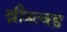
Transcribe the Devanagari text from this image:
श्रीत्रत्वड़